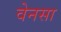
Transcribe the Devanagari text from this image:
वेनसा